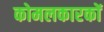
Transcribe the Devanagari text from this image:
कोमलकारकों